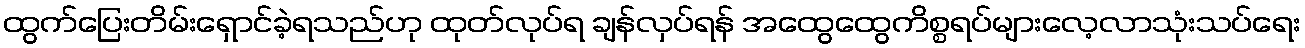
ထွက်ပြေးတိမ်းရှောင်ခဲ့ရသည်ဟု ထုတ်လုပ်ရ ချန်လှပ်ရန် အထွေထွေကိစ္စရပ်များလေ့လာသုံးသပ်ရေး